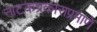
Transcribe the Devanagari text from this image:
नाटकप्रकाराप्रमाणे